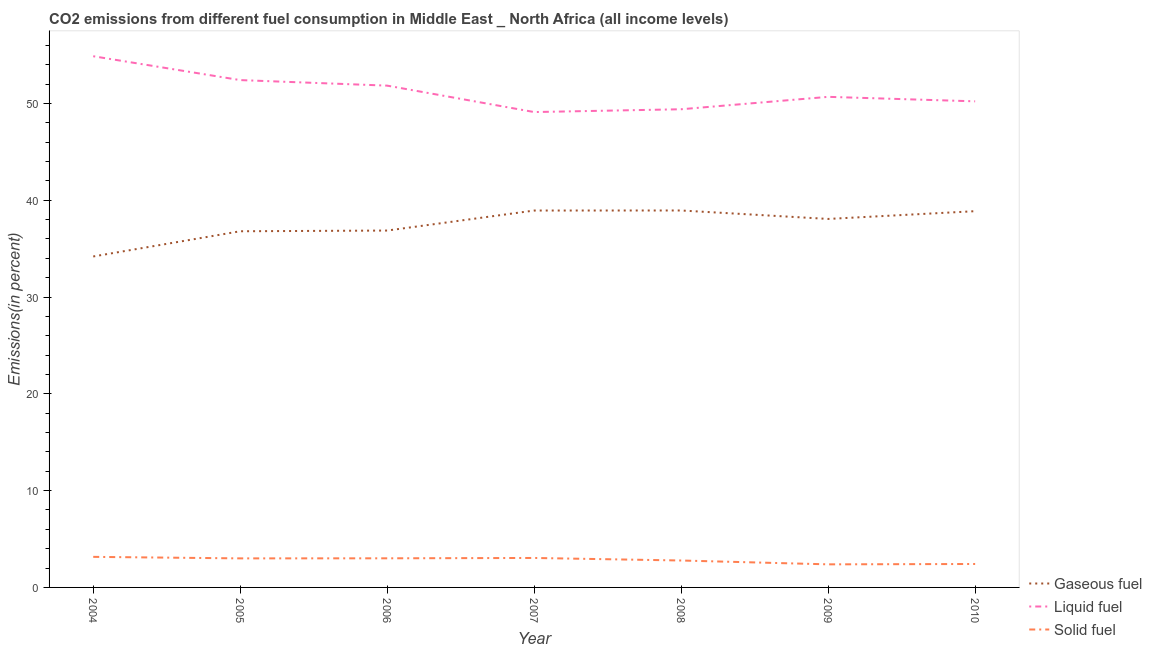
| Year | Gaseous fuel | Liquid fuel | Solid fuel |
 | --- | --- | --- | --- |
 | 2004 | 34.2 | 54.9 | 3.16 |
 | 2005 | 36.8 | 52.4 | 3 |
 | 2006 | 36.9 | 51.8 | 3.01 |
 | 2007 | 38.9 | 49.1 | 3.04 |
 | 2008 | 38.9 | 49.4 | 2.78 |
 | 2009 | 38.1 | 50.7 | 2.38 |
 | 2010 | 38.9 | 50.2 | 2.42 |